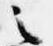
之